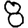
Digit: 8